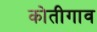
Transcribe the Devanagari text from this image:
कोतीगाव